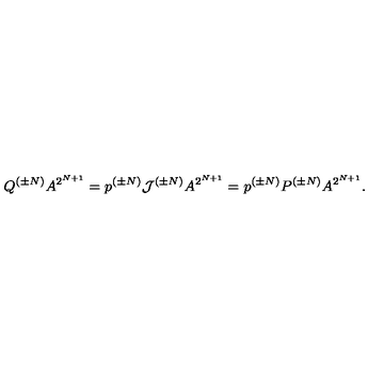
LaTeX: Q ^ { ( \pm N ) } A ^ { 2 ^ { N + 1 } } = p ^ { ( \pm N ) } { \cal J } ^ { ( \pm N ) } A ^ { 2 ^ { N + 1 } } = p ^ { ( \pm N ) } P ^ { ( \pm N ) } A ^ { 2 ^ { N + 1 } } .